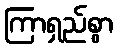
ကြာရှည်စွာ